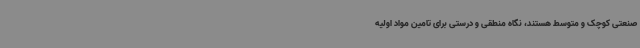
صنعتی کوچک و متوسط هستند، نگاه منطقی و درستی برای تامین مواد اولیه